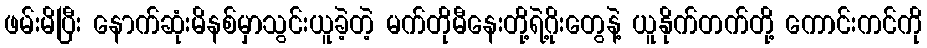
ဖမ်းမိပြီး နောက်ဆုံးမိနစ်မှာသွင်းယူခဲ့တဲ့ မက်တိုမီနေးတို့ရဲ့ဂိုးတွေနဲ့ ယူနိုက်တက်တို့ ကောင်းကင်ကို